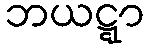
ဘယဋ္ဋာ